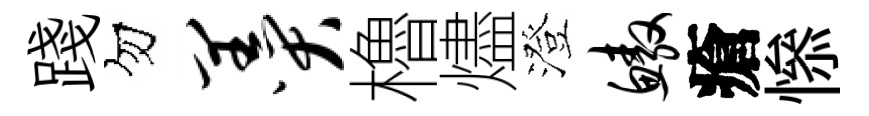
踐勿羹櫓燼澄鳌瘡𢡖